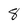
Character: 8